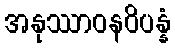
အနုဿာဝနဝိပန္နံ